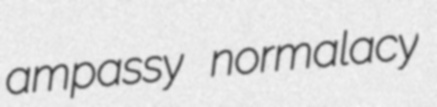
ampassy normalacy